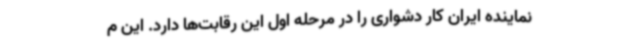
نماینده ایران کار دشواری را در مرحله اول این رقابت‌ها دارد. این م